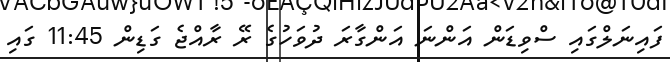
ފައިނަލްގައި ސްވިޑަން އަންނަ އަންގާރަ ދުވަހުގެ ރޭ ރާއްޖެ ގަޑިން 11:45 ގައި